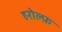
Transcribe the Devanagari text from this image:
हरोल्फ़